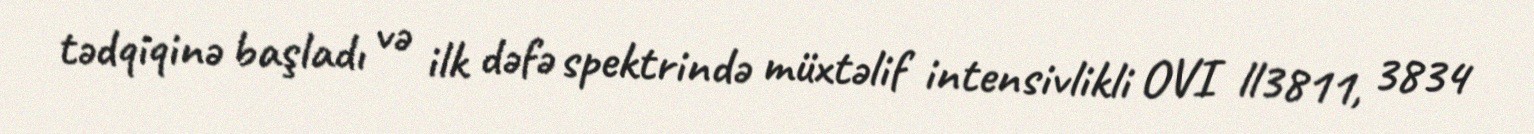
tədqiqinə başladı və ilk dəfə spektrində müxtəlif intensivlikli OVI ll3811, 3834